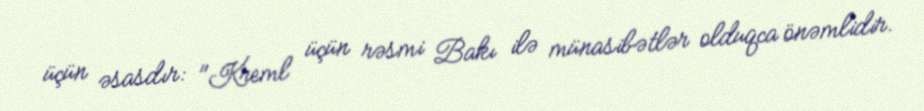
üçün əsasdır: "Kreml üçün rəsmi Bakı ilə münasibətlər olduqca önəmlidir.